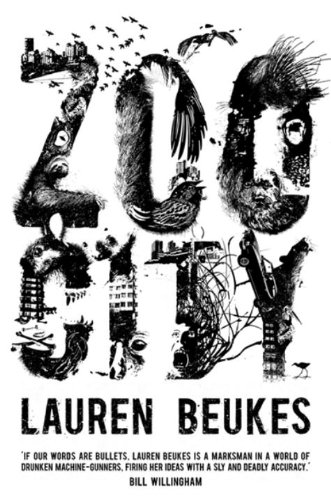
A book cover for Zoo City; Lauren Beukes; Literature & Fiction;